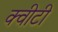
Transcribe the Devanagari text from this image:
क्‍वीटी